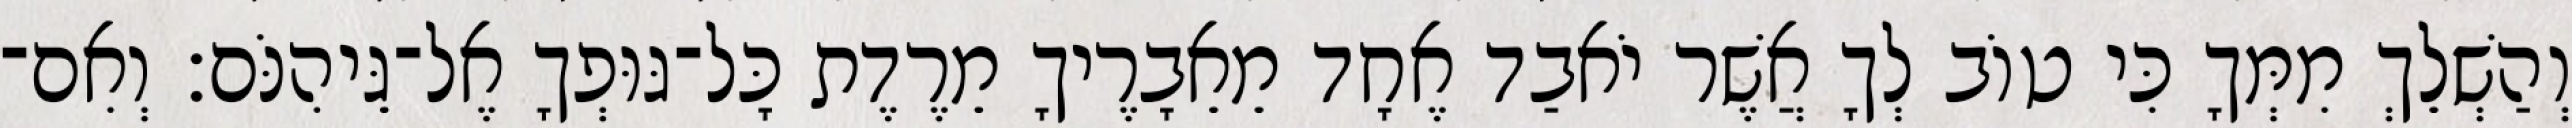
וְהַשְׁלֵךְ מִמְּךָ כִּי טוֹב לְךָ אֲשֶׁר יֹאבַד אֶחָד מֵאֵבָרֶיךָ מֵרֶדֶת כָּל־גּוּפְךָ אֶל־גֵּיהִנֹּם׃ וְאִם־